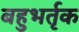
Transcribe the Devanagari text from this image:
बहुभर्तृक